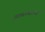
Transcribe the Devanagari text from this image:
गाळण्याच्या